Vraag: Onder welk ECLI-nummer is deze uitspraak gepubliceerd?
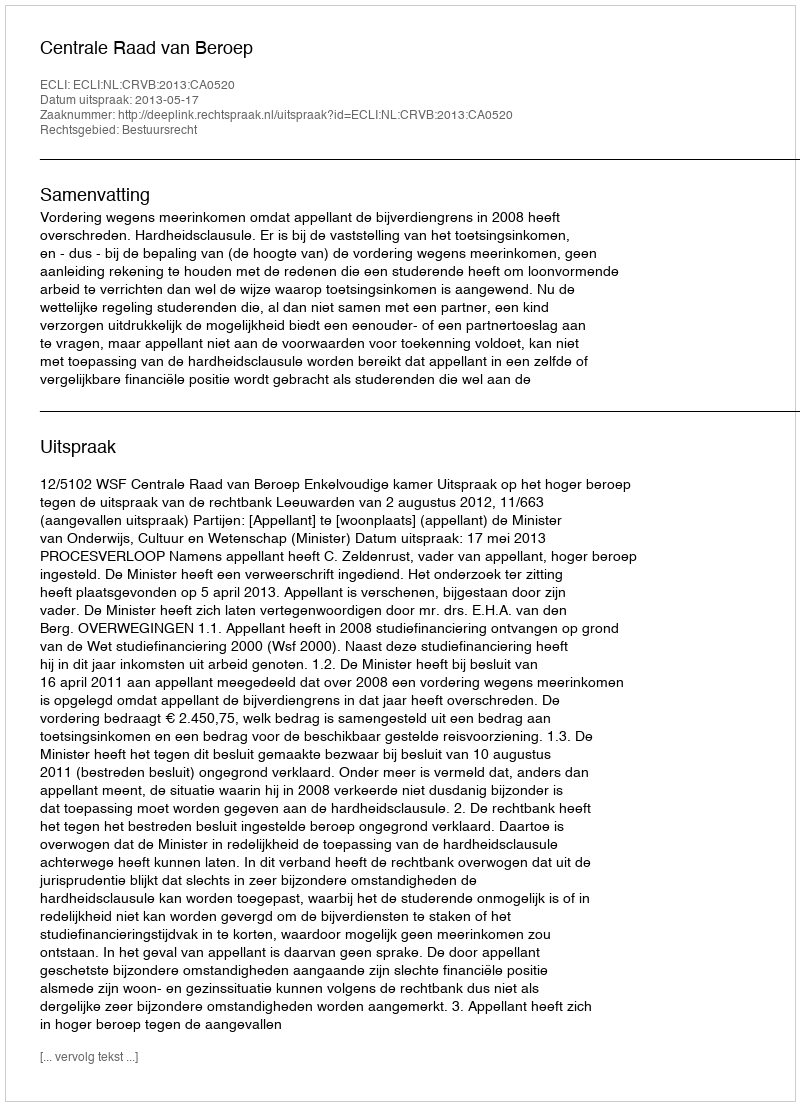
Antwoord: ECLI:NL:CRVB:2013:CA0520